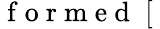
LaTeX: \mathrm{~f~o~r~m~e~d~}\; [\